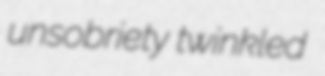
unsobriety twinkled